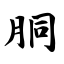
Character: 胴